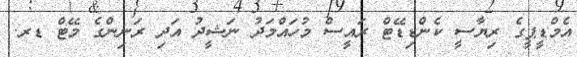
އެމްޑީޕީގެ ރިޔާސީ ކެންޑިޑޭޓް ރައީސް މުހައްމަދު ނަޝީދު އަދި ރަނިންގެ މޭޓް ޑރ.